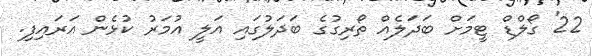
22' ގޯލްޑް ޓީމަށް ބަދަލެއް ތޯރިގުގެ ބަދަލުގައި އަލީ އުމަރު ކުޅެން އަރައިފި.